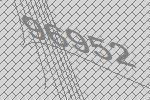
96952